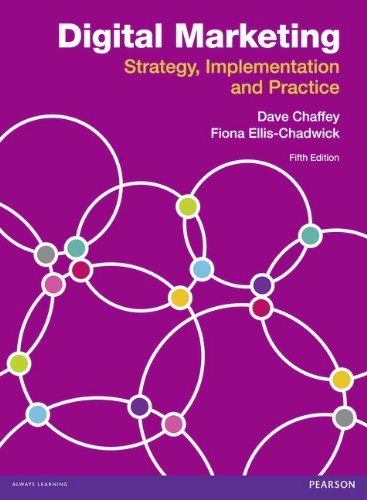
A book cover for Digital Marketing: Strategy, Implementation and Practice; Dave Chaffey; Computers & Technology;